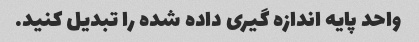
واحد پایه اندازه گیری داده شده را تبدیل کنید.